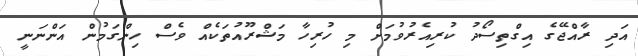
އަދި ރާއްޖޭގެ އިގްތިސޯދު ކުރިއެރުވުމަށް މި ހުރިހާ މަޝްރޫއުތަކެއް ވެސް ހިންގަމުން އަންނަނީ